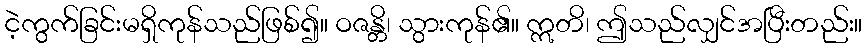
ငဲ့ကွက်ခြင်းမရှိကုန်သည်ဖြစ်၍။ ဝဇန္တိ၊ သွားကုန်၏။ ဣတိ၊ ဤသည်လျှင်အပြီးတည်း။